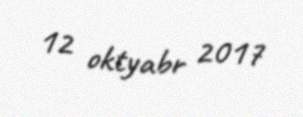
12 oktyabr 2017